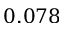
0 . 0 7 8